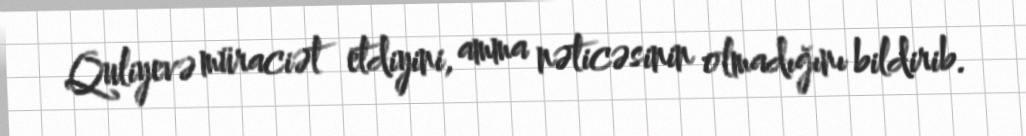
Quliyevə müraciət etdiyini, amma nəticəsinin olmadığını bildirib.